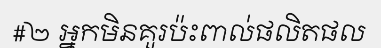
#២ អ្នកមិនគួរប៉ះពាល់ផលិតផល